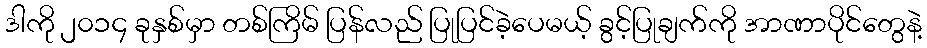
ဒါကို ၂၀၁၄ ခုနှစ်မှာ တစ်ကြိမ် ပြန်လည် ပြုပြင်ခဲ့ပေမယ့် ခွင့်ပြုချက်ကို အာဏာပိုင်တွေနဲ့